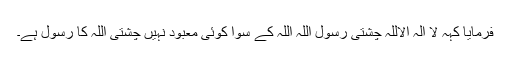
فرمایا کہہ لا الہ الاللہ چشتی رسول اللہ اللہ کے سوا کوئی معبود نہیں چشتی اللہ کا رسول ہے۔